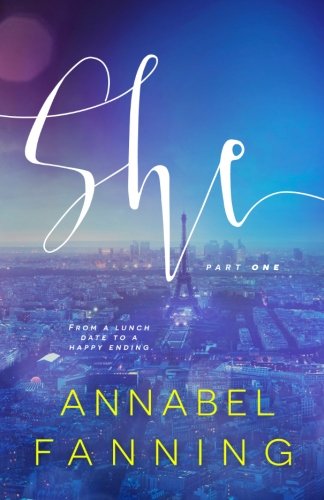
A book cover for She; Annabel Fanning; Romance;